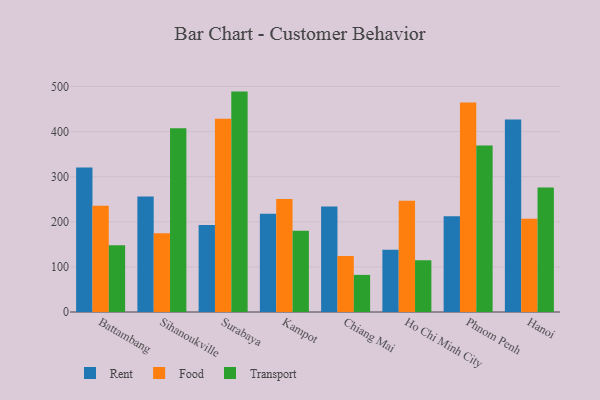
{"axis": {"x": "City", "y": "Tickets Resolved"}, "legend": ["Food", "Rent", "Transport"], "data": [{"x": "Battambang", "y": 320.2, "type": "Rent"}, {"x": "Battambang", "y": 235.4, "type": "Food"}, {"x": "Battambang", "y": 148.1, "type": "Transport"}, {"x": "Sihanoukville", "y": 255.9, "type": "Rent"}, {"x": "Sihanoukville", "y": 174.4, "type": "Food"}, {"x": "Sihanoukville", "y": 407.2, "type": "Transport"}, {"x": "Surabaya", "y": 192.8, "type": "Rent"}, {"x": "Surabaya", "y": 428.6, "type": "Food"}, {"x": "Surabaya", "y": 488.7, "type": "Transport"}, {"x": "Kampot", "y": 218.1, "type": "Rent"}, {"x": "Kampot", "y": 250.8, "type": "Food"}, {"x": "Kampot", "y": 180.0, "type": "Transport"}, {"x": "Chiang Mai", "y": 233.7, "type": "Rent"}, {"x": "Chiang Mai", "y": 124.3, "type": "Food"}, {"x": "Chiang Mai", "y": 82.3, "type": "Transport"}, {"x": "Ho Chi Minh City", "y": 138.3, "type": "Rent"}, {"x": "Ho Chi Minh City", "y": 246.7, "type": "Food"}, {"x": "Ho Chi Minh City", "y": 114.7, "type": "Transport"}, {"x": "Phnom Penh", "y": 212.3, "type": "Rent"}, {"x": "Phnom Penh", "y": 464.8, "type": "Food"}, {"x": "Phnom Penh", "y": 369.2, "type": "Transport"}, {"x": "Hanoi", "y": 426.8, "type": "Rent"}, {"x": "Hanoi", "y": 206.5, "type": "Food"}, {"x": "Hanoi", "y": 276.1, "type": "Transport"}]}